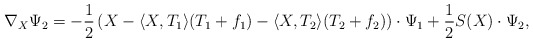
\begin{align*}\nabla_X\Psi_2=-\frac{1}{2}\left(X-\langle X,T_1\rangle (T_1+f_1)-\langle X,T_2\rangle (T_2+f_2)\right)\cdot\Psi_1+\frac{1}{2}S(X)\cdot\Psi_2,\end{align*}